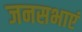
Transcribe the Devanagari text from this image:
जनसभाएं